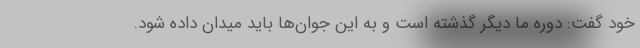
خود گفت: دوره ما دیگر گذشته است و به این جوان‌ها باید میدان داده شود.